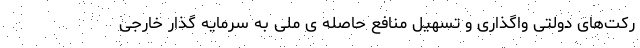
رکت‌های دولتی واگذاری و تسهیل منافع حاصله ی ملی به سرمایه گذار خارجی